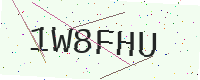
Text: 1W8FHU